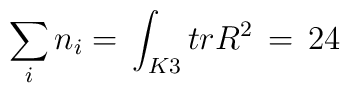
\sum_i n_i=\, \int_{K3}trR^2\, =\, 24